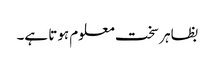
بظاہر سخت معلوم ہوتا ہے۔